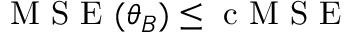
\mathrm { ~ M ~ S ~ E ~ } ( \boldsymbol { \theta } _ { B } ) \leq \mathrm { ~ c ~ M ~ S ~ E ~ }